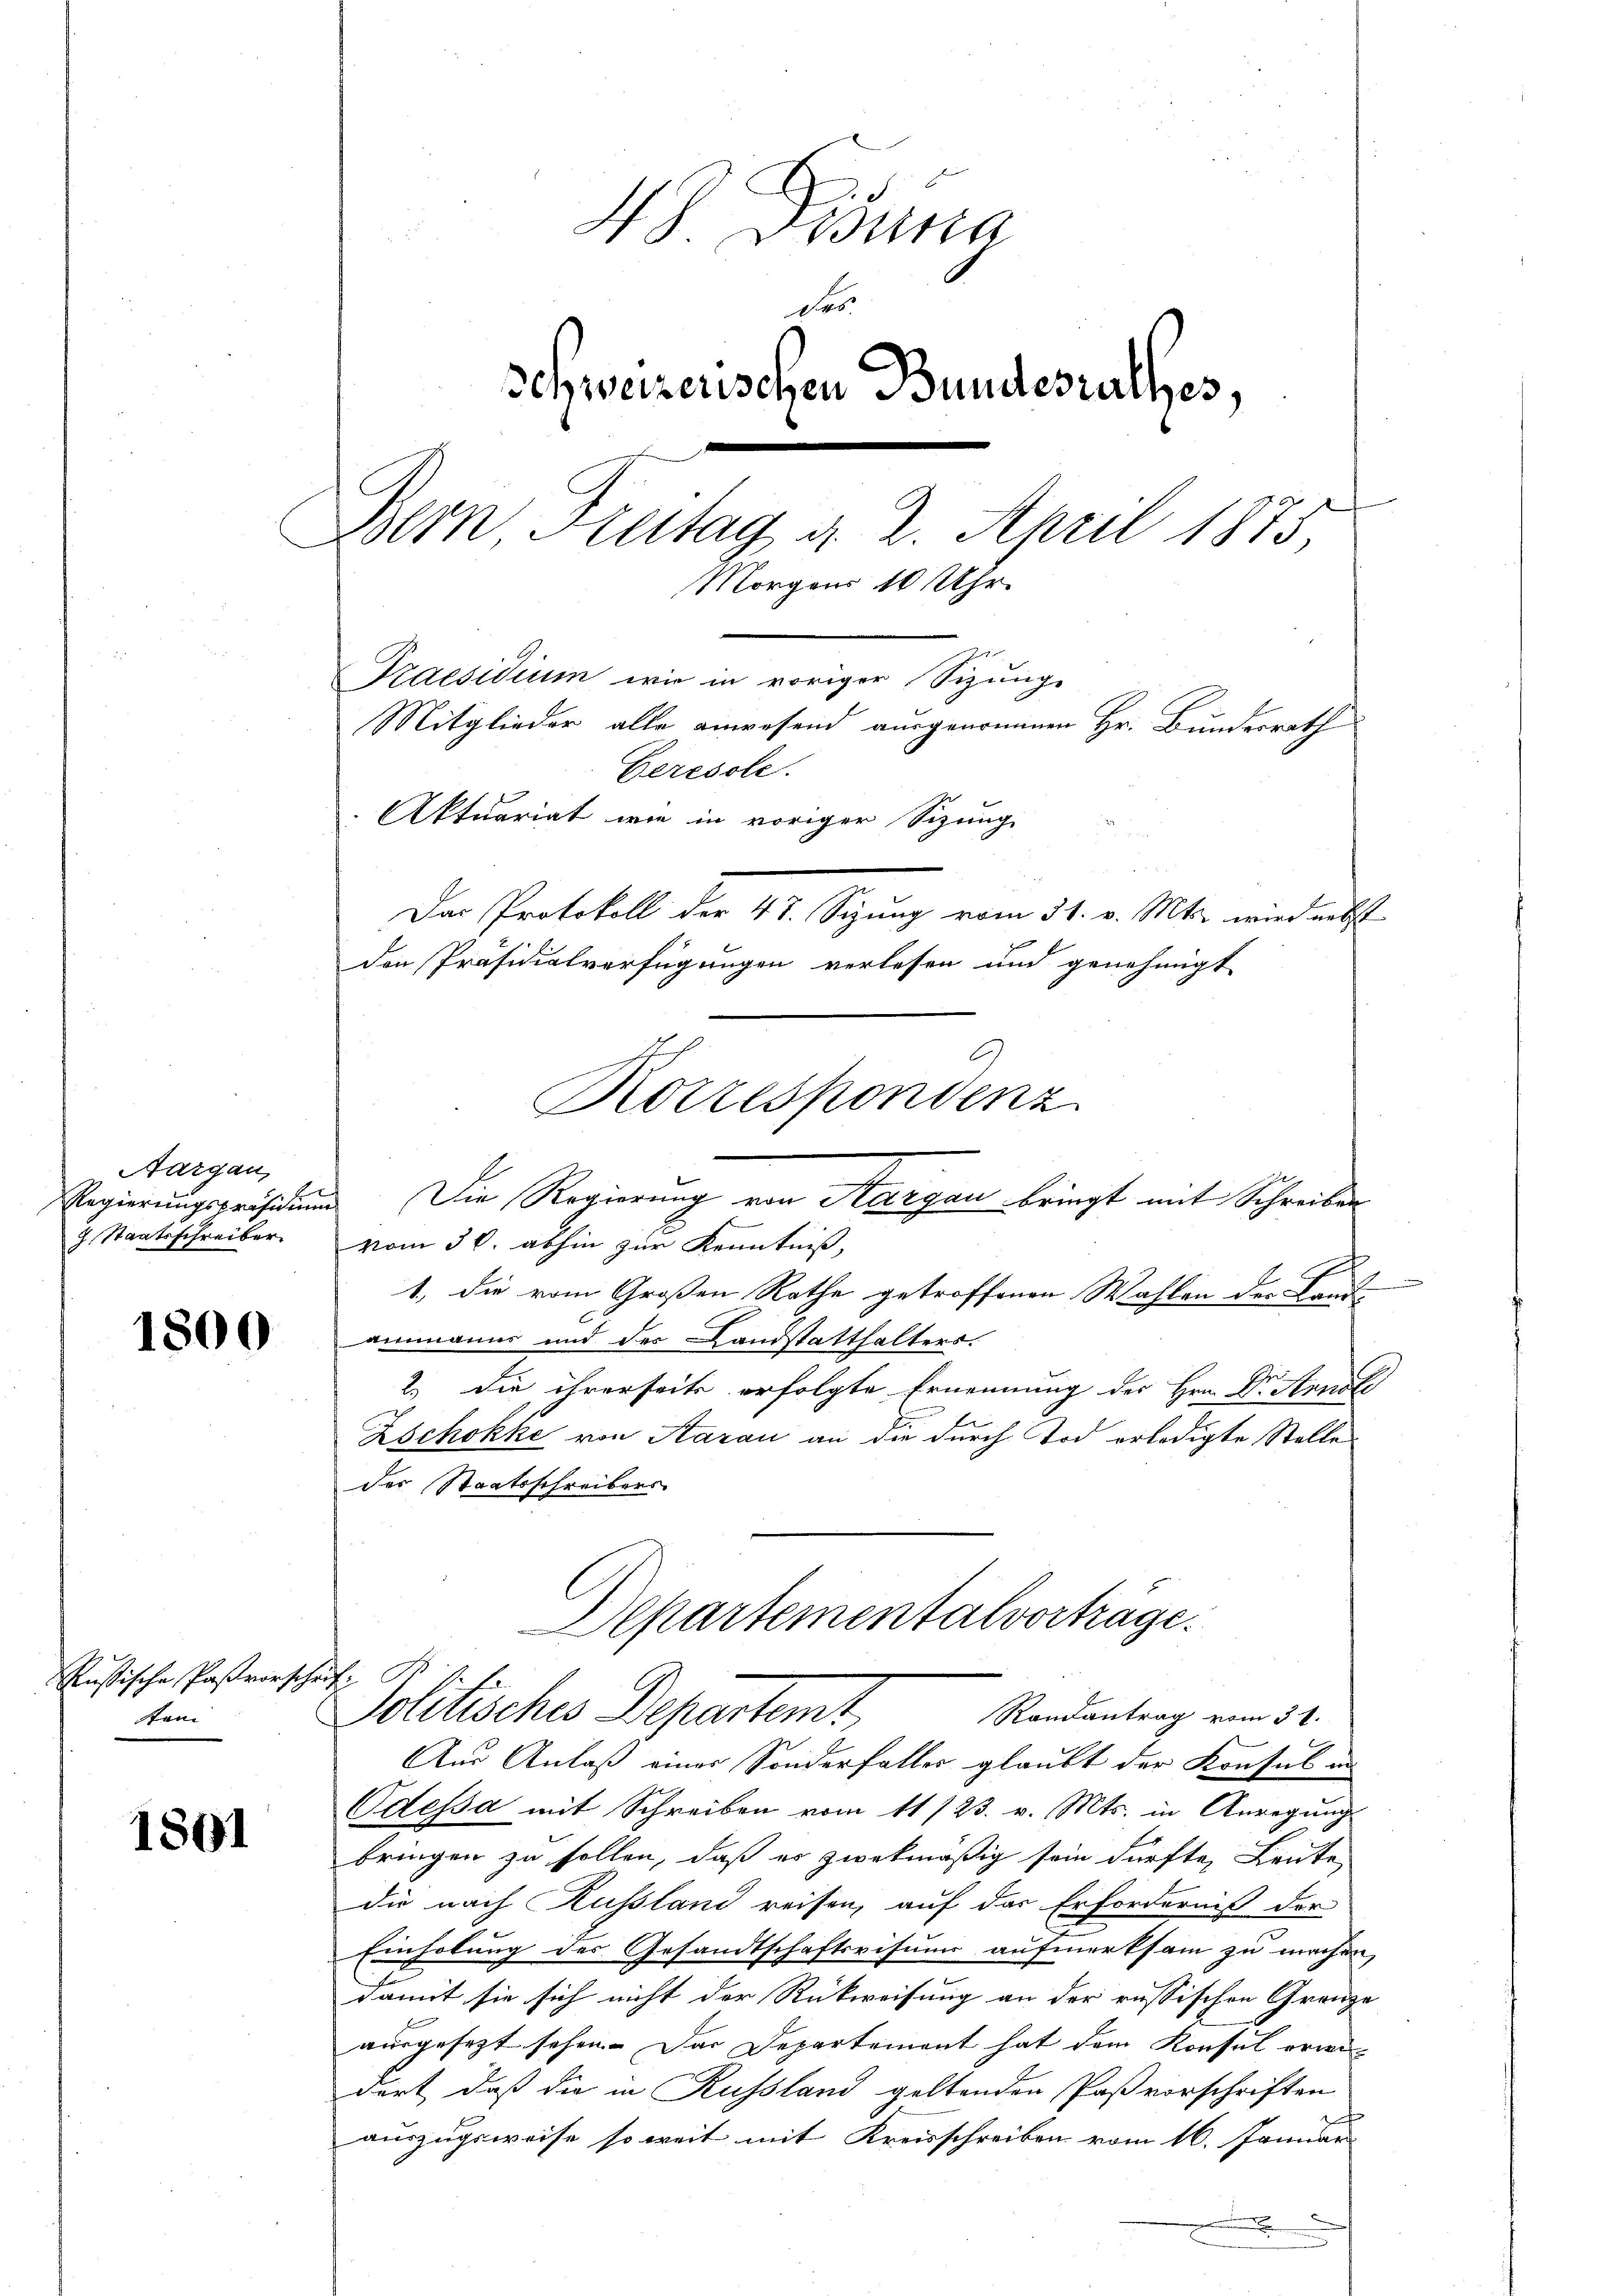
Aargau,
J. Staatsschreiber.

1800

ussische Pasvorschrif
ton

1801

48. Disena
des
Schweizerischen Bundesrathes,
Bern Reitag d. 2. April 1875,
Morgens 10 Uhr.
Praesidium wie in voriger Sizunge
Mitglieder alle anwesend ausgenommen Hr. Bundesrath
Gerésole.
Aktuariat wie in voriger Sizung
Das Protokoll der 47. Setzung vom 31. v. Mts. wird nebst
den Präsidialverfügungen verlesen und genehmigt

vom 30. abhin zur Kenntniß,

1., die vom Großen Rathe getroffenen Wahlen des Land-
ammanns und des Landstatthalters.
2.) Die ihrerseits erfolgte Ernennung des Hrn. Dr. Arnol
Zschokke von Aarau an die durch Tod erledigte Stelle
des Staatsschreibers
Departementalvorträge.

Korrespondenz
Regierungspräsidium Die Regierung von Aargau bringt mit Schreiben

Politisches Departemt,
Randantrag vom 31.

Aus Anlaß einer Sonderfaller glaubt der Konsul in
Odessa mit Schreiben vom 11/23. v. Mts. in Anregung
bringen zu sollen, daß er zwekmäßig sein dürfte, Leute
die nach Russland reisen, auf das Erforderniß der
Einholung des Gesandtschaftsrisums aufmerksam zu machen,
damit sie sich nicht der Rückweisung an der russischen Grenze
ausgesezt sehen. Das Departement hat dem Konsul erwidert, daß die in Russland geltenden Paß vorschriften
auszugsweise so weit mit Kreisschreiben vom 16. Januar
.